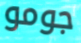
جومو